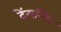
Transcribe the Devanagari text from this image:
टेंसनिंग